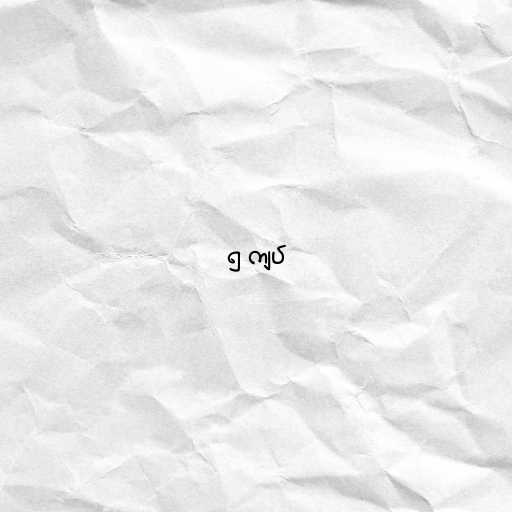
၅ ကျပ်